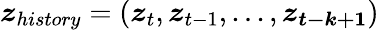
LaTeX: \boldsymbol{z}_{history}=(\boldsymbol{z}_{t},\boldsymbol{z}_{t-1},...,\boldsymbol{z_{t-k+1}})